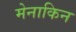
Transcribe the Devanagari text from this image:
मेनाकिन